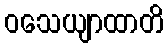
ဝသေယျာထာတိ